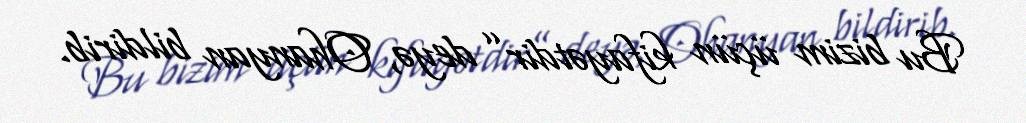
Bu bizim üçün kifayətdir” deyə, Ohanyan bildirib.